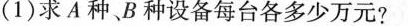
(1)求A种B种设备每台各多少万元?